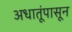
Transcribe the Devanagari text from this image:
अधातूंपासून